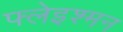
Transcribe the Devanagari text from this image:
फ्लेइश्मन